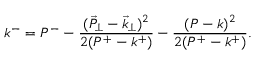
k ^ { - } = P ^ { - } - \frac { ( { \vec { P } _ { \perp } } - { \vec { k } _ { \perp } } ) ^ { 2 } } { 2 ( P ^ { + } - k ^ { + } ) } - \frac { ( P - k ) ^ { 2 } } { 2 ( P ^ { + } - k ^ { + } ) } .